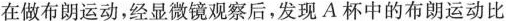
在做布朗运动，经显微镜观察后，发现A杯中的布朗运动比